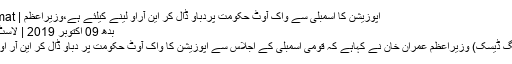
اپوزیشن کا اسمبلی سے واک آؤٹ حکومت پردباؤ ڈال کر این آراو لینے کیلئے ہے،وزیراعظم | Daily Qadamat
بدھ 09 اکتوبر 2019 | لاسٹ اپڈیٹڈ : 06:38
اسلام آباد(مانیٹرنگ ڈیسک) وزیراعظم عمران خان نے کہاہے کہ قومی اسمبلی کے اجلاس سے اپوزیشن کا واک آؤٹ حکومت پر دباؤ ڈال کر این آر او لینے کیلئے ہے۔